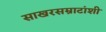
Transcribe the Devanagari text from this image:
साखरसम्राटांशी